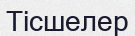
Тісшелер